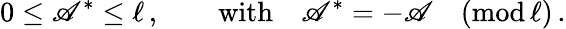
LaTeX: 0\leq\mathscr{A}^{*}\leq\ell\, ,\qquad\mathrm{{with}}\quad\mathscr{A}^{*}=-\mathscr{A}\quad(\mathrm{{mod}}\, \ell)\, .